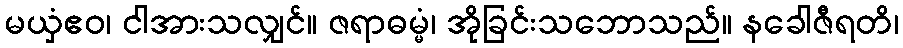
မယှံဧဝ၊ ငါအားသလျှင်။ ဇရာဓမ္မံ၊ အိုခြင်းသဘောသည်။ နခေါဇီရတိ၊